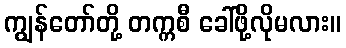
ကျွန်တော်တို့ တက္ကစီ ခေါ်ဖို့လိုမလား။